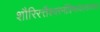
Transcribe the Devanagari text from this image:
शौरिरत्तैश्वरमंत्रिभावस्तत्याज